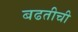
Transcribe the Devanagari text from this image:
बढतीची